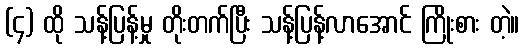
(၄) ထို သန့်ပြန့်မှု တိုးတက်ပြီး သန့်ပြန့်လာအောင် ကြိုးစား တဲ့။